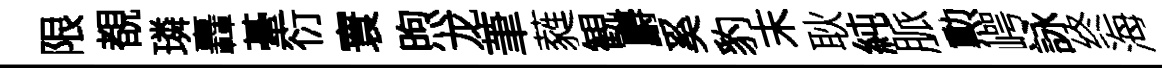
限覩璘轟䑓衍寰煦龙茟蕤観麝奚豹末耿純脈勲崿詠终海